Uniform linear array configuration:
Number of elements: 4
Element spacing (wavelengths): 0.75
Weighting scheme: hamming
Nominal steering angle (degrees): -15
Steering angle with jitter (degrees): -16.179
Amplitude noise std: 0.05
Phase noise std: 0.05

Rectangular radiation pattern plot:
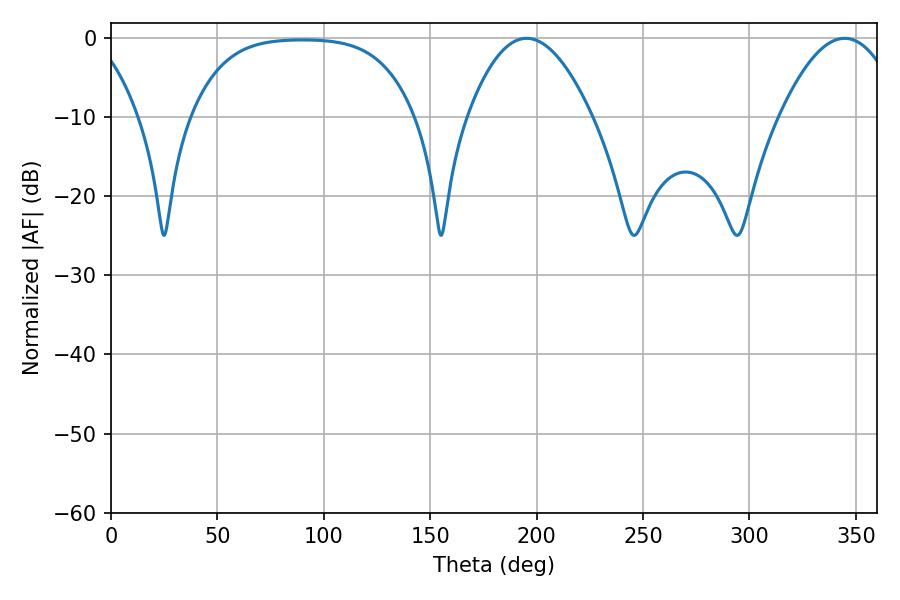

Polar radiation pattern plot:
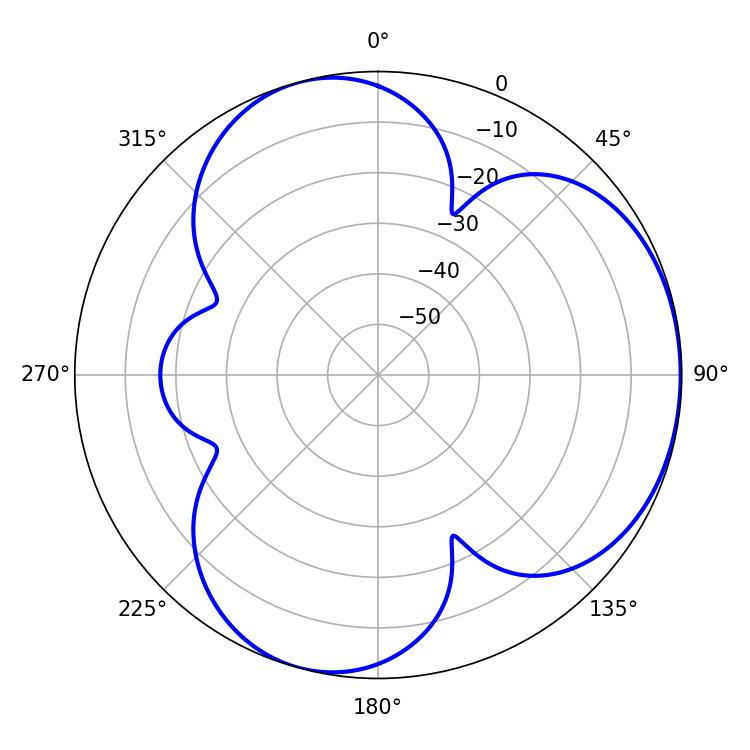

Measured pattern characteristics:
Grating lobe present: TRUE
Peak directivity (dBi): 4.137
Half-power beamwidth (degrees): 31.86
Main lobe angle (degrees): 195.3